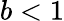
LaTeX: b<1